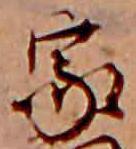
家